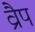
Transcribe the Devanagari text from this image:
व्रैप